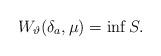
LaTeX: \begin{align*} W_\vartheta(\delta_a, \mu) = \inf S. \end{align*}